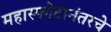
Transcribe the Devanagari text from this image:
महास्फोटानंतरचे